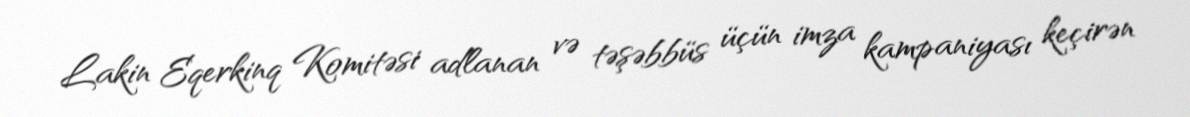
Lakin Eqerkinq Komitəsi adlanan və təşəbbüs üçün imza kampaniyası keçirən